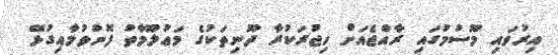
އިރުވައި މޫސުމުގައި ރާއްޖެއަށް ހިޖުރަކުރާ ދޫނިތަކުގެ މަޢުލޫމާތު ފޮނުވުމާއިގުޅޭ